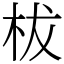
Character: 柭